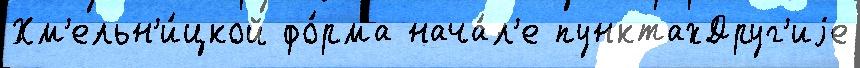
Хм'ельн'и́цкой фо́рма нача́л'е пунктахДруг'иjе